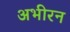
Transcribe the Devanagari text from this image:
अभीरन